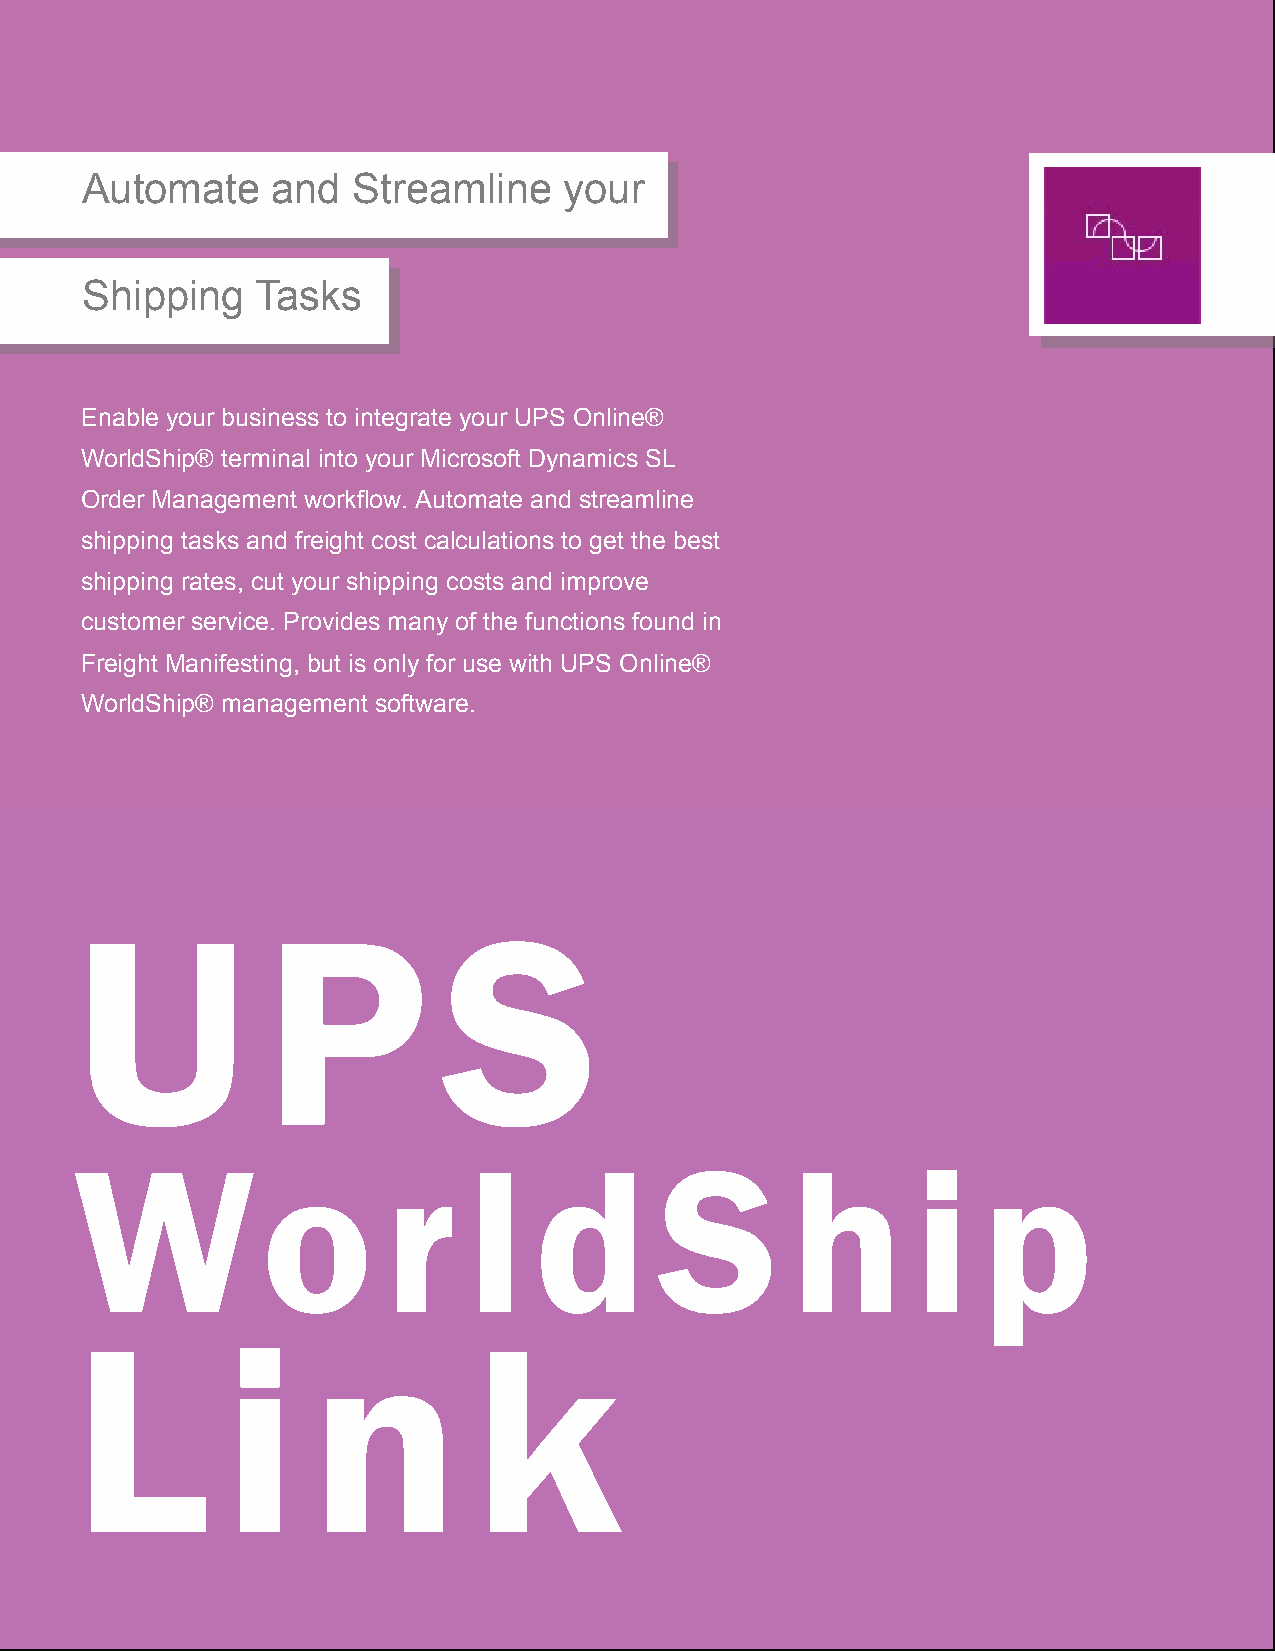
Automate     and  Streamline    your
 Shipping    Tasks
 Enable your business to integrate your UPS Online®
 WorldShip® terminal into your Microsoft Dynamics SL
 Order Management workflow. Automate and streamline
 shipping tasks and freight cost calculations to get the best
 shipping rates, cut your shipping costs and improve
 customer service. Provides many of the functions found in
 Freight Manifesting, but is only for use with UPS Online®
 WorldShip® management software.
 U           P           S
 Wo                  r     l   d        S       h        i   p
 L         i     n         k